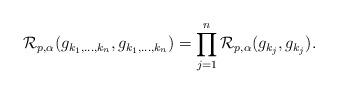
LaTeX: \begin{align*} \mathcal{R}_{p,\alpha}(g_{k_1,\ldots,k_n},g_{k_1,\ldots,k_n}) = \prod_{j=1}^n \mathcal{R}_{p,\alpha}(g_{k_j},g_{k_j}). \end{align*}